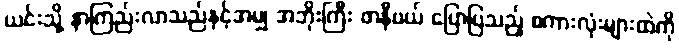
ယင်းသို့ နာကြည်းလာသည်နှင့်အမျှ အဘိုးကြီး ဖာနီဗယ် ပြောပြသည့် စကားလုံးများထဲကို